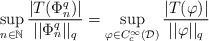
\begin{align*}\sup_{n \in \mathbb{N}} \frac{|T(\Phi_n^q)|}{||\Phi_n^q||_{q}} = \sup_{\varphi \in C_c^{\infty}(\mathcal{D})} \frac{|T(\varphi)|}{||\varphi||_{q}}\end{align*}